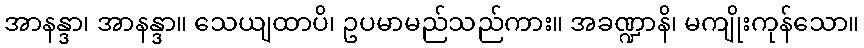
အာနန္ဒာ၊ အာနန္ဒာ။ သေယျထာပိ၊ ဥပမာမည်သည်ကား။ အခဏ္ဍာနိ၊ မကျိုးကုန်သော။